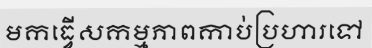
មកធ្វើសកម្មភាពកាប់ប្រហារទៅ